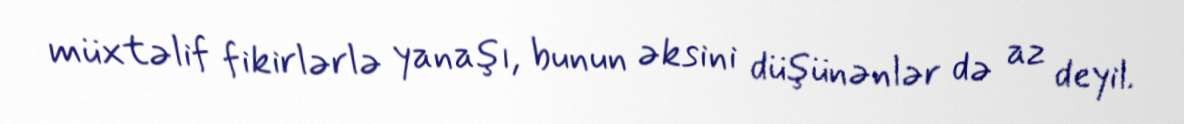
müxtəlif fikirlərlə yanaşı, bunun əksini düşünənlər də az deyil.